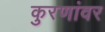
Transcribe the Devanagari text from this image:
कुरणांवर